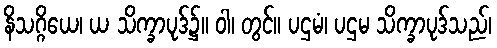
နိသဂ္ဂိယေ၊ ယ သိက္ခာပုဒ်၌။ ဝါ၊ တွင်။ ပဌမံ၊ ပဌမ သိက္ခာပုဒ်သည်၊